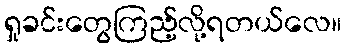
ရှုခင်းတွေကြည့်လို့ရတယ်လေ။